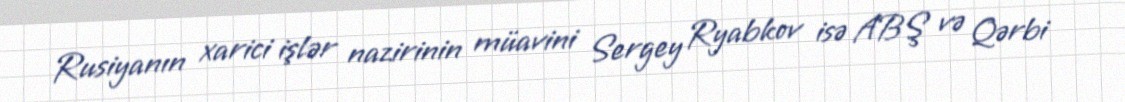
Rusiyanın xarici işlər nazirinin müavini Sergey Ryabkov isə ABŞ və Qərbi